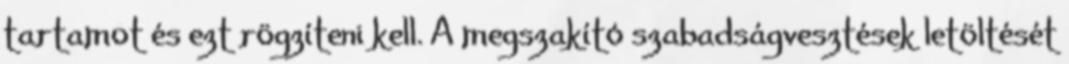
tartamot és ezt rögzíteni kell. A megszakító szabadságvesztések letöltését